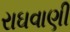
રાઘવાણી